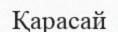
Қарасай